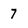
Character: 7